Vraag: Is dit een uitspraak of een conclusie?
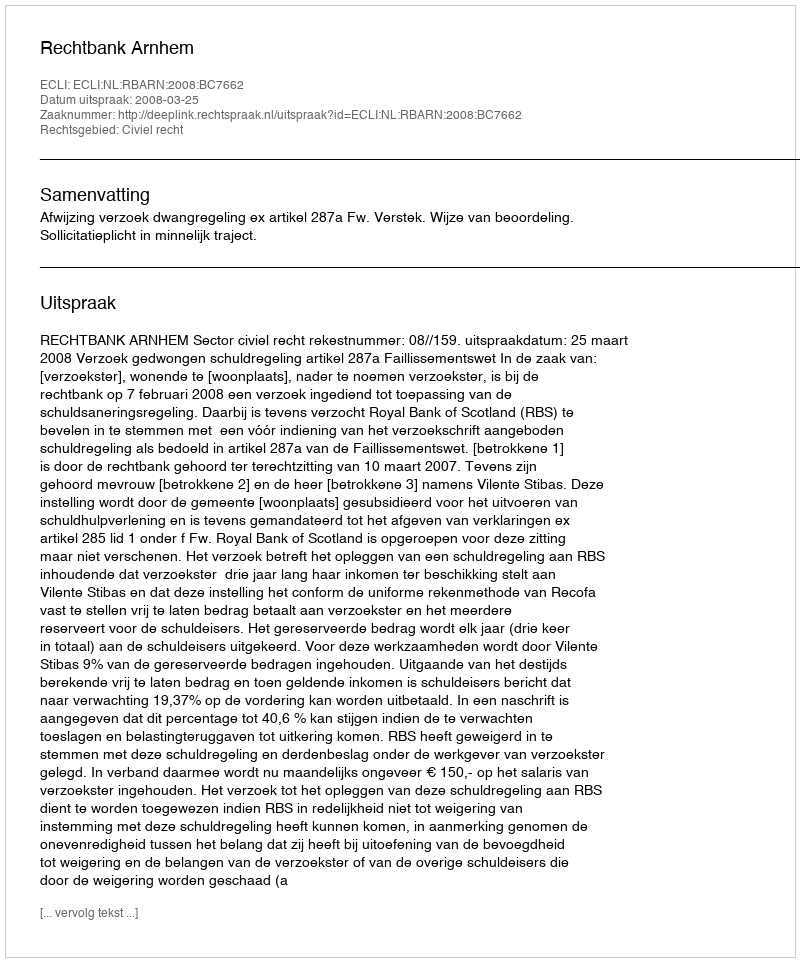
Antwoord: Uitspraak